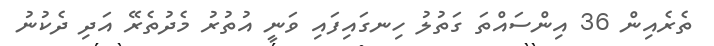
ތެރެއިން 36 އިންސައްތަ ގަތުލު ހިނގައިފައި ވަނީ އުތުރު މެދުތެރޭ އަދި ދެކުނު